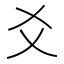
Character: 爻